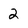
Character: 2